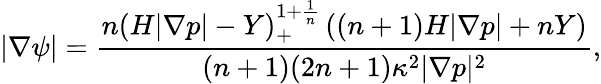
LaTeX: |\nabla\psi|=\frac{\displaystyle{n\left(H|\nabla p|-Y\right)_{+}^{1+\frac{1}{n}}\left((n+1)H|\nabla p|+nY\right)}}{(n+1)(2n+1)\kappa^{2}|\nabla p|^{2}},